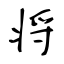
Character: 将